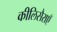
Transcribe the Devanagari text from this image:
कीलिसैराएँ